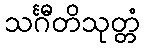
သင်္ဂီတိသုတ္တံ